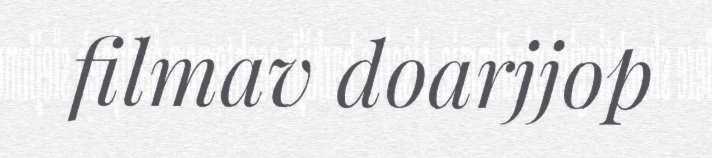
filmav doarjjop